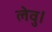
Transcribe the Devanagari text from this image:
लेवु।